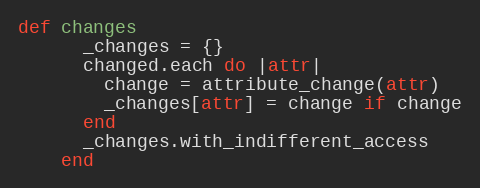
Language: Ruby
def changes
      _changes = {}
      changed.each do |attr|
        change = attribute_change(attr)
        _changes[attr] = change if change
      end
      _changes.with_indifferent_access
    end